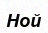
Ной